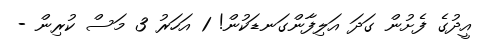
އީދުގެ ފެށުން ގަދަ އަލިފާންގަނޑަކުން! 1 އަހަރު 3 މަސް ކުރިން -